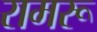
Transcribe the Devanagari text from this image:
रामरू